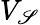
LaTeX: V_{\mathscr{S}}